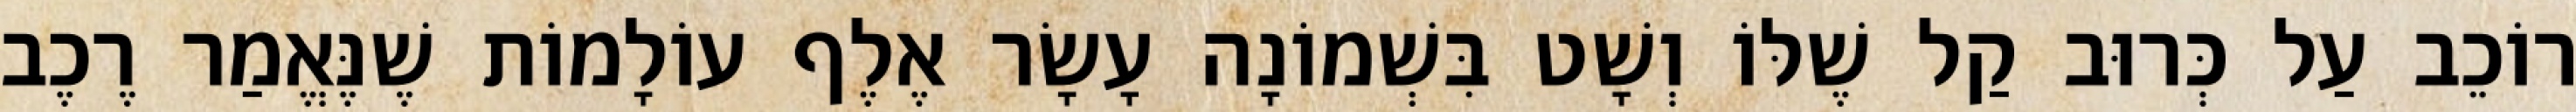
רוֹכֵב עַל כְּרוּב קַל שֶׁלּוֹ וְשָׁט בִּשְׁמוֹנָה עָשָׂר אֶלֶף עוֹלָמוֹת שֶׁנֶּאֱמַר רֶכֶב